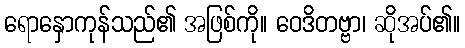
ရောနှောကုန်သည်၏ အဖြစ်ကို။ ဝေဒိတဗ္ဗာ၊ ဆိုအပ်၏။